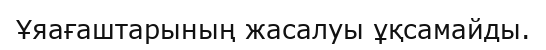
Ұяағаштарының жасалуы ұқсамайды.